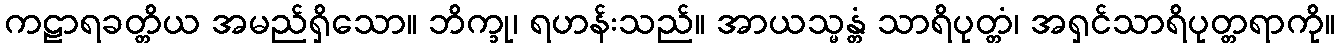
ကဠာရခတ္တိယ အမည်ရှိသော။ ဘိက္ခု၊ ရဟန်းသည်။ အာယသ္မန္တံ သာရိပုတ္တံ၊ အရှင်သာရိပုတ္တရာကို။